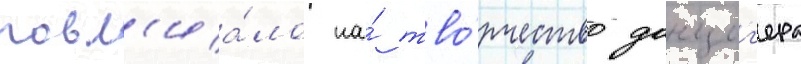
повл'иа́ло на́ тво́рчество данциг'ера